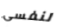
لنفسى